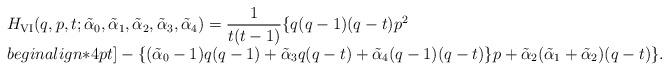
LaTeX: \begin{align*}\begin{array}{l} H_{\rm VI}(q, p, t ; \tilde\alpha_{0}, \tilde\alpha_{1}, \tilde\alpha_{2}, \tilde\alpha_{3}, \tilde\alpha_{4}) =\dfrac{1}{t(t-1)}\{q(q-1)(q-t)p^2\\begin{align*}4pt]-\{(\tilde\alpha_{0}-1)q(q-1)+\tilde\alpha_{3}q(q-t)+\tilde\alpha_{4}(q-1)(q-t)\}p+\tilde\alpha_{2}(\tilde\alpha_{1}+\tilde\alpha_{2})(q-t)\}.\end{array}\end{align*}